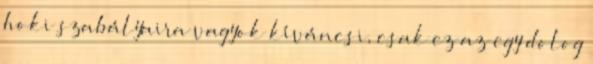
hoki szabályaira vagyok kíváncsi, csak ez az egy dolog